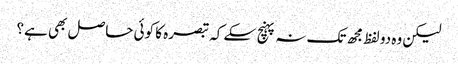
لیکن وہ دو لفظ مجھ تک نہ پہنچ سکے کہ تبصرہ کا کوئی حاصل بھی ہے؟